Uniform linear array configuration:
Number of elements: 12
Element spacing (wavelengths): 0.75
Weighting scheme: hann
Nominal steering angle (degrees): -60
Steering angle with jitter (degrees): -61.605
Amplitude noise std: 0.05
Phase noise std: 0.05

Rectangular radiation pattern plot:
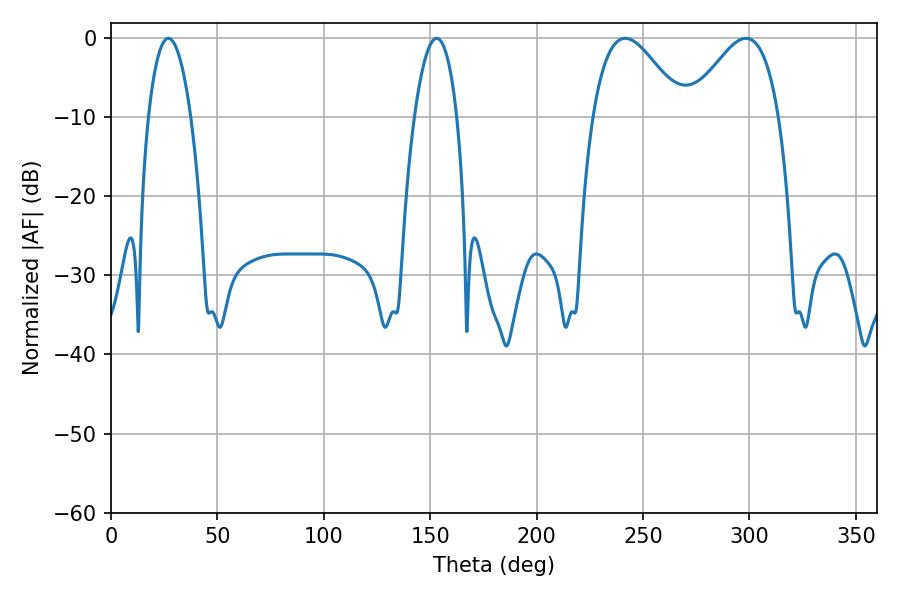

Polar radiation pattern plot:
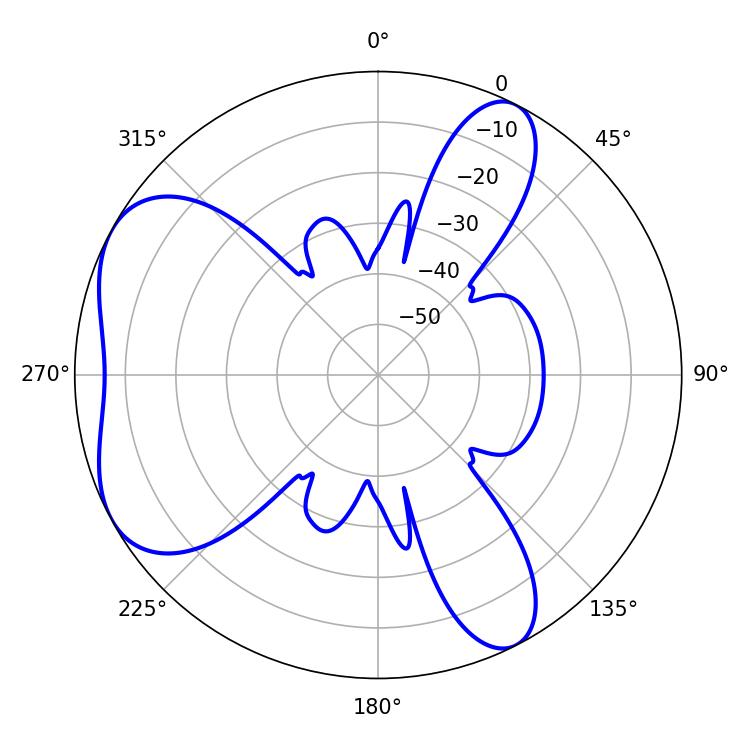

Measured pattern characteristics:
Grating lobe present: TRUE
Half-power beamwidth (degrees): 11.16
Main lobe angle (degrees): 27